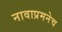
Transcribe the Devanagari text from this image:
नावाप्रमनेच